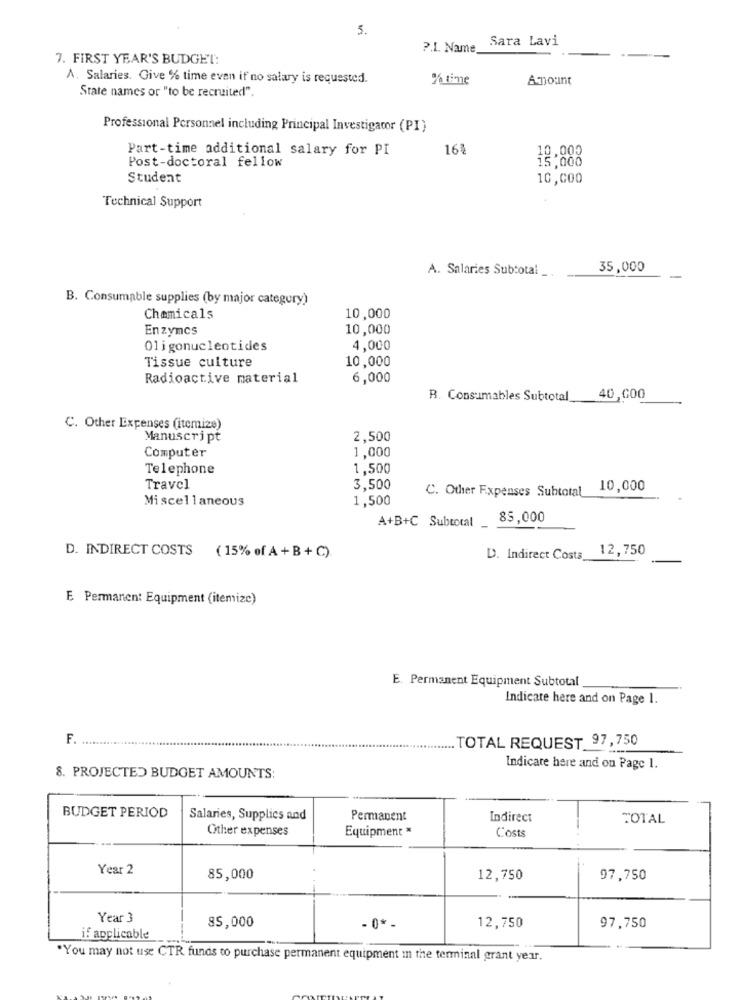
5.
Sara Lavi
?. 1. Name_
7. FIRST YEAR'S BUDGET:
A. Salaries. Give % time even if no salary is requested.
% timme
Amount
State names or "to be recruited".
Professional Personnel including Principal Investigator (PI)
Part-time additional salary for PI
16%
10,000
Post-doctoral fellow
15;õõõ
Student
10,000
Technical Support
A. Salaries Subtotal _
35,000
B. Consumable supplies (by major category)
Chemicals
10,000
Enzymes
10,000
Oligonucleotides
4,000
10,000
Tissue culture
Radioactive material
6,000
R. Consumables Subtotal 40,000
C. Other Expenses (itemize)
Manuscript
2,500
1,000
Computer
Telephone
1,500
Travel
3,500
C. Other Expenses Subtotal
10,000
Miscellaneous
1,500
A+B+C Subtotal
85,000
D. INDIRECT COSTS
( 15% of A + B + C).
D. Indirect Costa 12,750
E Permanen: Equipment (itemize)
E. Permanent Equipment Subtotal
Indicate here and on Page 1.
F. .....
TOTAL REQUEST 97,750
Indicate here and on Page 1.
8. PROJECTED BUDGET AMOUNTS:
BUDGET PERIOD
Salaries, Supplies and
Permanent
Indirect
TOTAL
Other expenses
Equipment
Costs
Year 2
85,000
12,750
97,750
Year 3
85,000
- 0 *-
12,750
97,750
if applicable
"You may not use CTR funds to purchase permanent equipment in the terminal grant year.